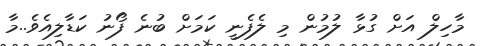
މާހިލް އަށް ގުޅާ ލުމުން މި ލެފެނީ ކަމަށް ބުނެ ފޯނު ކަޑާލިއެވެ..މާ